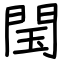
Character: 閠